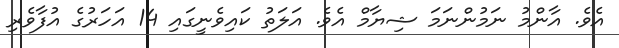
އެވެ. އާންމު ނަމުންނަމަ ޝިޔާމް އެވެ. އަލަތު ކައިވެނީގައި 14 އަހަރުގެ އުފާވެރި